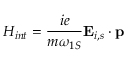
H _ { i n t } = \frac { i e } { m \omega _ { 1 S } } { \bf E } _ { i , s } \cdot { \bf p }